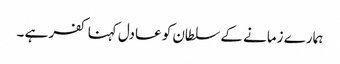
ہمارے زمانے کے سلطان کو عادل کہنا کفر ہے ۔